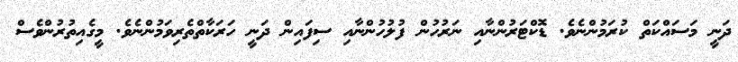
ދަނީ މަސައްކަތް ކުރަމުންނެވެ. ޑޮކްޓަރުންނާއި ނަރުހުން ފުލުހުންނާއި ސިފައިން ދަނީ ހަރަކާތްތެރިވަމުންނެވެ. މީގެއިތުރުންވެސް